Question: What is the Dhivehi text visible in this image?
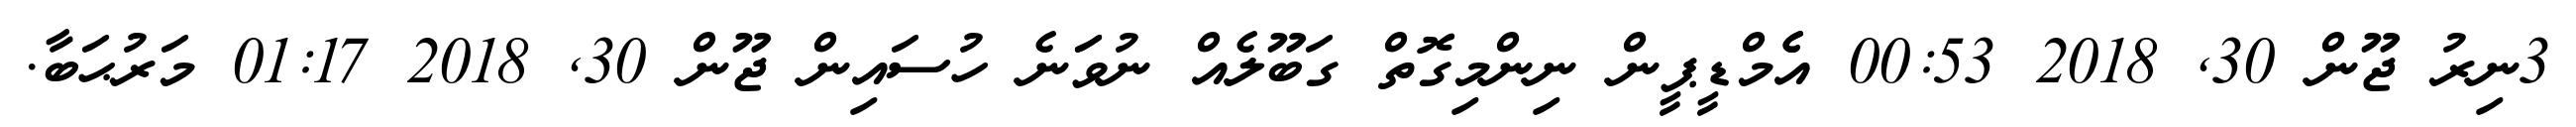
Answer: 3ނިރު ޖޫން 30, 2018 00:53 އެެމްޑީޕީން ނިންމިގޮތް ގަބޫލެއް ނުވަަނެ ހުސައިން ޖޫން 30, 2018 01:17 މަރުޙަބާ.